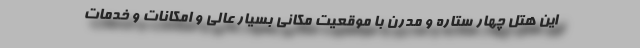
این هتل چهار ستاره و مدرن با موقعیت مکانی بسیار عالی و امکانات و خدمات